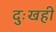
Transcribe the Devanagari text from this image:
दुःखही